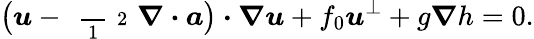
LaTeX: \big(\boldsymbol{u}-\mathrm{~\scriptsize~\frac~{~1~}~{~2~}~}\boldsymbol{\nabla}\boldsymbol{\cdot}\boldsymbol{a}\big)\boldsymbol{\cdot}\boldsymbol{\nabla}\boldsymbol{u}+f_{0}\boldsymbol{u}^{\perp}+g\boldsymbol{\nabla}h=0.